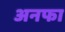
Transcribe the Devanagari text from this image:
अनफा